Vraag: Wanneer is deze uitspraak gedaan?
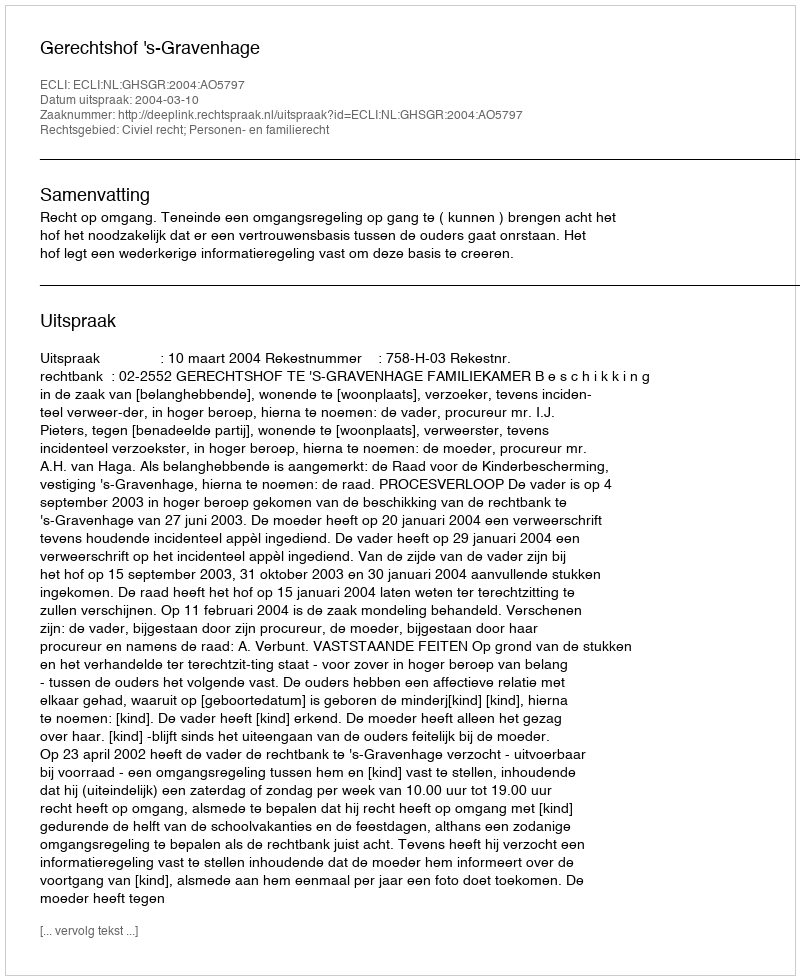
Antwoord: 2004-03-10